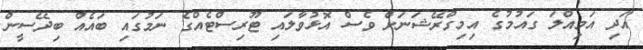
އަދި އަމިއްލަ ގައުމުގެ އިމިގްރޭޝަނަށް ވެސް އޮޅުވާލައި ޓޫރިސްޓެއްގެ ނަމުގައި ބައެއް ބިދޭސީން